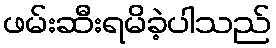
ဖမ်းဆီးရမိခဲ့ပါသည်